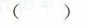
（ ）